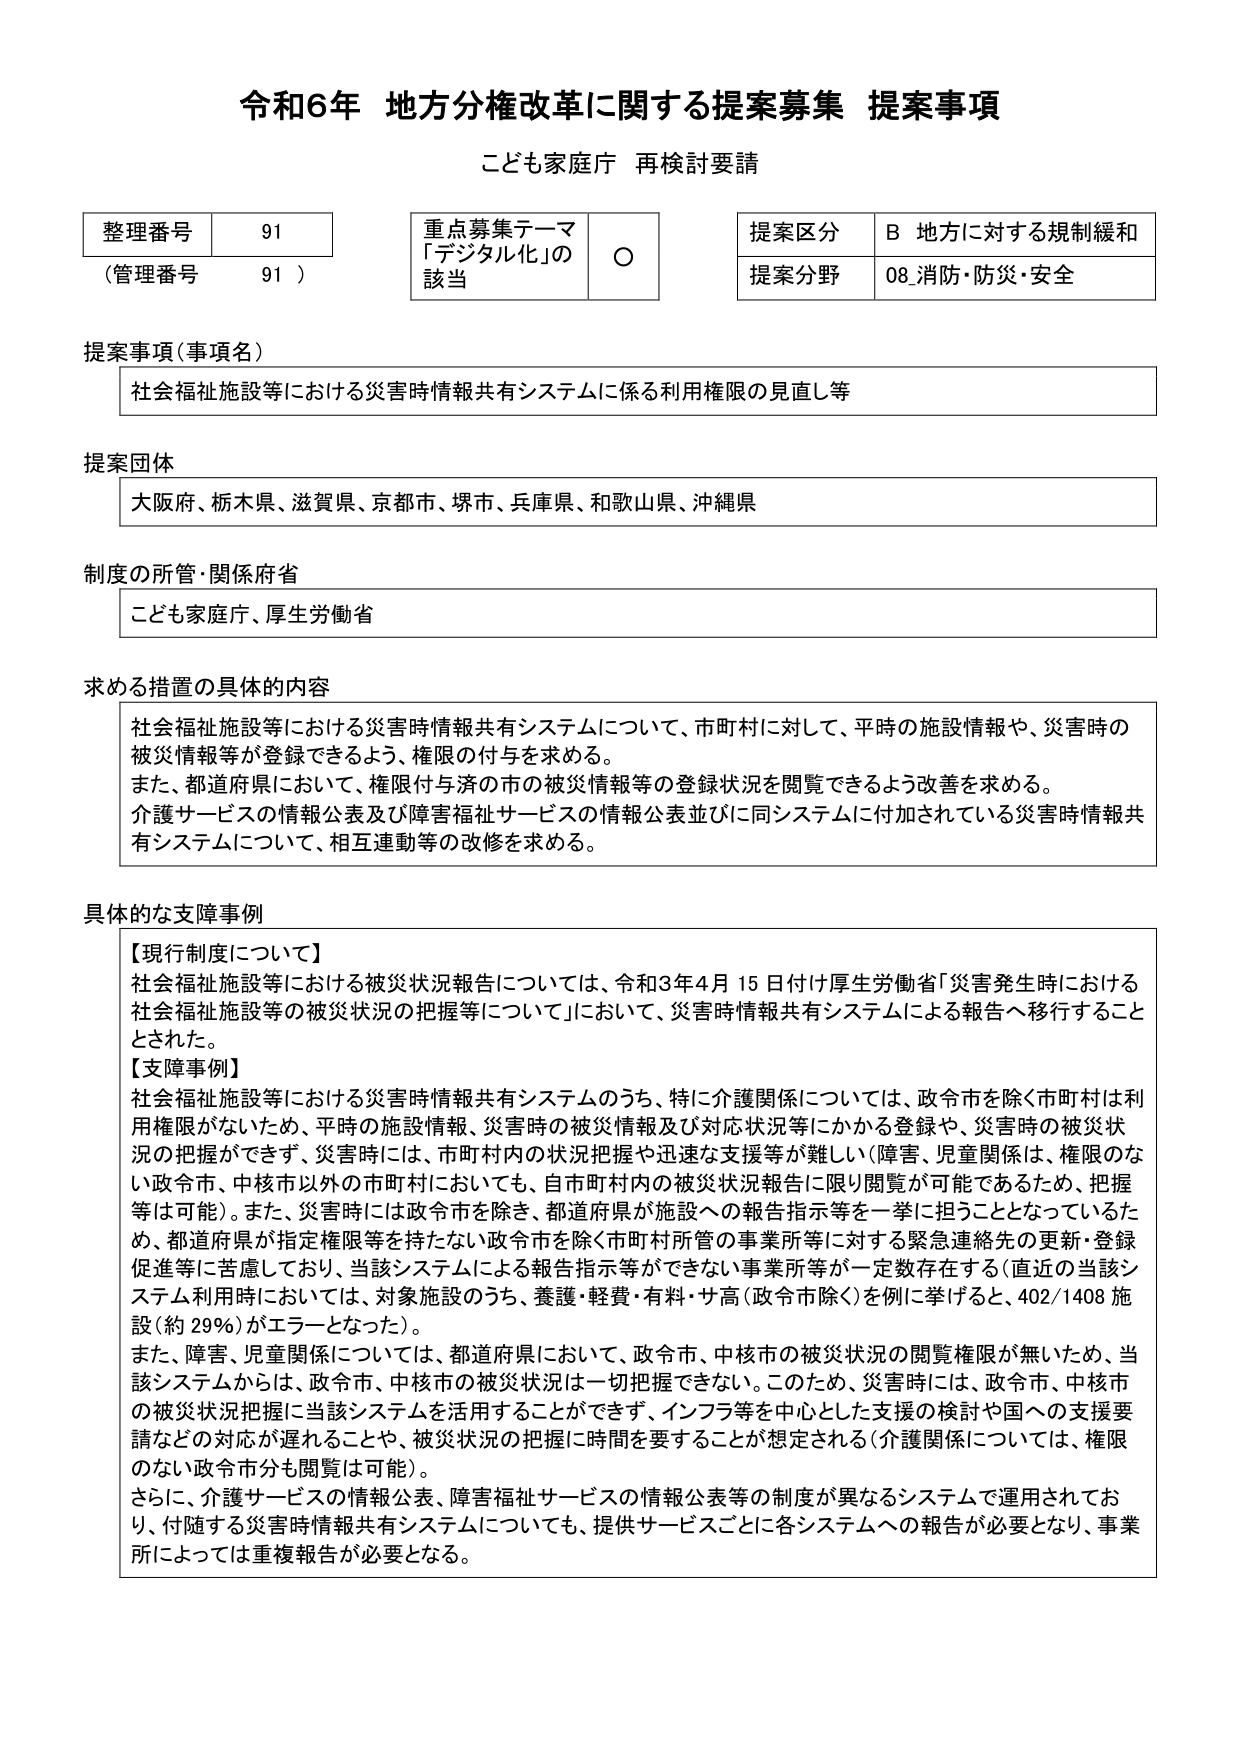
令和6年 地方分権改革に関する提案募集 提案事項
こども家庭庁 再検討要請

整理番号 91
（管理番号 91）

重点募集テーマ
「デジタル化」の
該当 ○

提案区分 B 地方に対する規制緩和
提案分野 08 消防・防災・安全

提案事項（事項名）
社会福祉施設等における災害時情報共有システムに係る利用権限の見直し等

提案団体
大阪府、栃木県、滋賀県、京都市、堺市、兵庫県、和歌山県、沖縄県

制度の所管・関係府省
こども家庭庁、厚生労働省

求める措置の具体的内容
社会福祉施設等における災害時情報共有システムについて、市町村に対して、平時の施設情報や、災害時の被災情報等が登録できるよう、権限の付与を求める。
また、都道府県において、権限付与済の市の被災情報等の登録状況を閲覧できるよう改善を求める。
介護サービスの情報公表及び障害福祉サービスの情報公表並びに同システムに付加されている災害時情報共有システムについて、相互連動等の改修を求める。

具体的な支障事例
【現行制度について】
社会福祉施設等における被災状況報告については、令和3年4月15日付け厚生労働省「災害発生時における社会福祉施設等の被災状況の把握等について」において、災害時情報共有システムによる報告へ移行することとされた。
【支障事例】
社会福祉施設等における災害時情報共有システムのうち、特に介護関係については、政令市を除く市町村は利用権限がないため、平時の施設情報、災害時の被災情報及び対応状況等にかかる登録や、災害時の被災状況の把握ができず、災害時には、市町村内の状況把握や迅速な支援等が難しい（障害、児童関係は、権限のない政令市、中核市以外の市町村においても、自市町村内の被災状況報告に限り閲覧が可能であるため、把握等は可能）。また、災害時には政令市を除き、都道府県が施設への報告指示等を一挙に担うこととなっているため、都道府県が指定権限等を持たない政令市を除く市町村所管の事業所等に対する緊急連絡先の更新・登録促進等に苦慮しており、当該システムによる報告指示等ができない事業所等が一定数存在する（直近の当該システム利用時においては、対象施設のうち、養護・軽費・有料・サ高（政令市除く）を例に挙げると、402/1408施設（約29％）がエラーとなった）。
また、障害、児童関係については、都道府県において、政令市、中核市の被災状況の閲覧権限が無いため、当該システムからは、政令市、中核市の被災状況は一切把握できない。このため、災害時には、政令市、中核市の被災状況把握に当該システムを活用することができず、インフラ等を中心とした支援の検討や国への支援要請などの対応が遅れることや、被災状況の把握に時間を要することが想定される（介護関係については、権限のない政令市も閲覧は可能）。
さらに、介護サービスの情報公表、障害福祉サービスの情報公表等の制度が異なるシステムで運用されており、付随する災害時情報共有システムについても、提供サービスごとに各システムへの報告が必要となり、事業所によっては重複報告が必要となる。